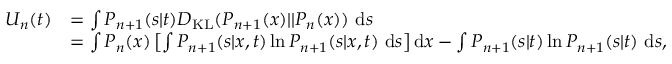
\begin{array} { r l } { U _ { n } ( t ) } & { = \int P _ { n + 1 } ( s | t ) D _ { \mathrm { K L } } ( P _ { n + 1 } ( x ) | | P _ { n } ( x ) ) \ \mathrm { d } s } \\ & { = \int P _ { n } ( x ) \left[ \int P _ { n + 1 } ( s | x , t ) \ln P _ { n + 1 } ( s | x , t ) \ \mathrm { d } s \right] \mathrm { d } x - \int P _ { n + 1 } ( s | t ) \ln P _ { n + 1 } ( s | t ) \ \mathrm { d } s , } \end{array}